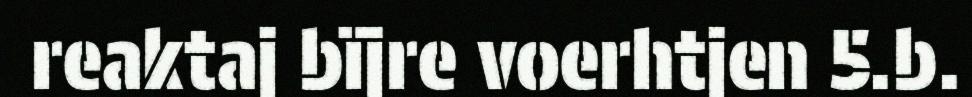
reaktaj bïjre voerhtjen 5.b.